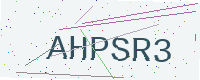
Text: AHPSR3